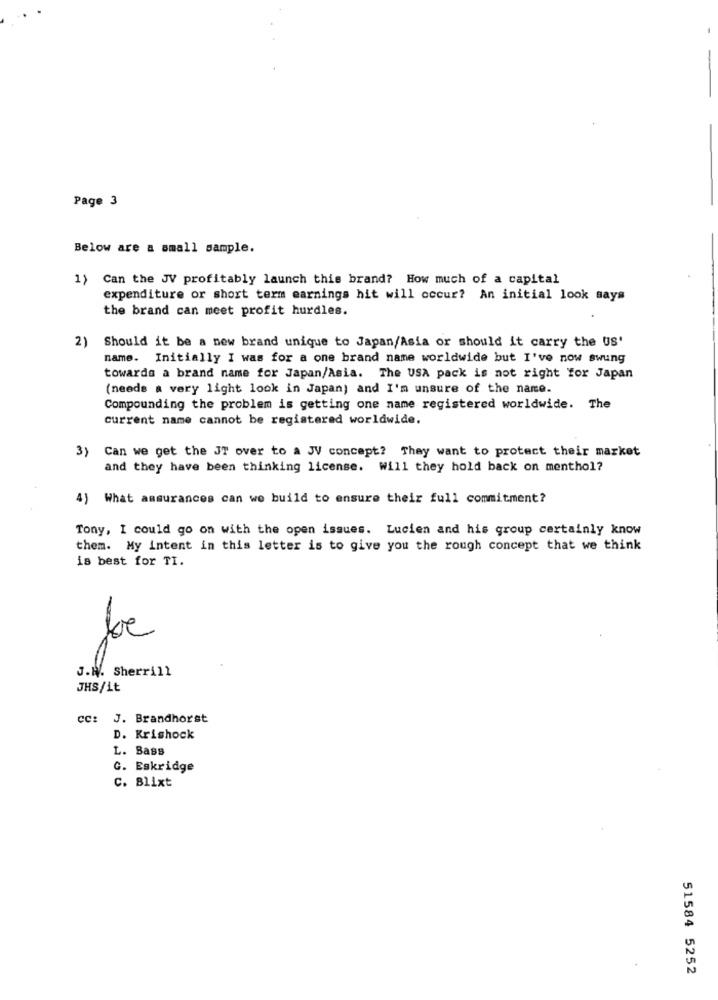
Page 3
Below are a small sample.
1) Can the JV profitably launch this brand? How much of a capital
expenditure or short term earnings hit will occur? An initial look says
the brand can meet profit hurdles.
2) Should it be a new brand unique to Japan/Asia or should it carry the US'
name. Initially I was for a one brand name worldwide but I've now swung
towards a brand name for Japan/Asia. The USA pack is not right for Japan
(needs a very light look in Japan) and I'm unsure of the name.
Compounding the problem is getting one name registered worldwide. The
current name cannot be registered worldwide.
3) Can we get the JT over to a JV concept? They want to protect their market
and they have been thinking license. Will they hold back on menthol?
4) What assurances can we build to ensure their full commitment?
Tony, I could go on with the open issues. Lucien and his group certainly know
them. My Intent in this letter is to give you the rough concept that we think
is best for TI.
be
J.H. Sherrill
JHS/it
CC: J. Brandhorst
D. Krishock
L. Bass
G. Eskridge
C. Blixt
51584 5252